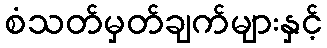
စံသတ်မှတ်ချက်များနှင့်